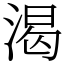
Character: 渴